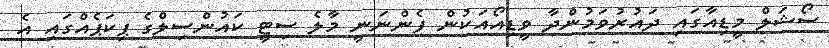
ސޯޝަލް މީޑިއާގައި ދައުރުވަމުންދާ ވީޑިއޯއަކުން ފެންނަނީ މާލެ ސިޓީ ކައުންސިލްގެ ޕިކަޕެއްގައި އެ